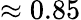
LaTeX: \approx 0.85